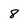
Character: 8